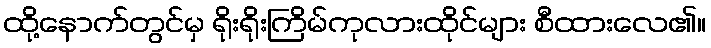
ထို့နောက်တွင်မှ ရိုးရိုးကြိမ်ကုလားထိုင်များ စီထားလေ၏။